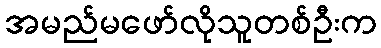
အမည်မဖော်လိုသူတစ်ဦးက